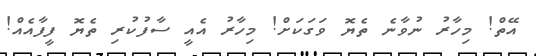
އޭތް! މިހާރު ނުވާނެ ތެޔޮ ވަގަކަށް! މިހާރު އެއީ ސާފުކުރި ތެޔޮ ފީފާއެއް!